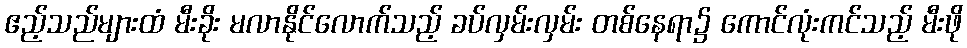
ဧည့်သည်များထံ မီးခိုး မလာနိုင်လောက်သည့် ခပ်လှမ်းလှမ်း တစ်နေရာ၌ ကောင်လုံးကင်သည့် မီးဖို